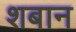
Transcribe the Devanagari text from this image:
शबान